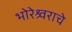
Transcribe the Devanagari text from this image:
भोरेश्र्वराचे